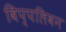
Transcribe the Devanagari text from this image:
विप्पलिवन